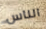
الناس